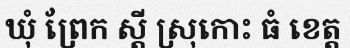
ឃុំ ព្រែក ស្តី ស្រុកោះ ធំ ខេត្ត